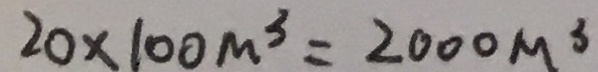
2 0 \times 1 0 0 m ^ { 3 } = 2 0 0 0 M ^ { 3 }